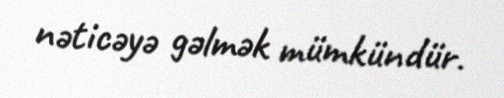
nəticəyə gəlmək mümkündür.